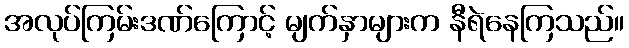
အလုပ်ကြမ်းဒဏ်ကြောင့် မျက်နှာများက နီရဲနေကြသည်။